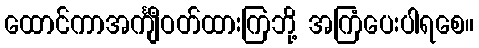
ထောင်ကာအင်္ကျီဝတ်ထားကြဘို့ အကြံပေးပါရစေ။